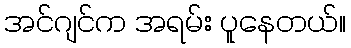
အင်ဂျင်က အရမ်း ပူနေတယ်။